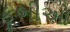
કૂભીઓ